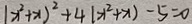
( x ^ { 2 } + x ) ^ { 2 } + 4 ( x ^ { 2 } + x ) - 5 = 0